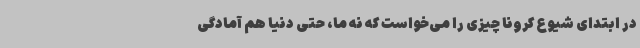
در ابتدای شیوع کرونا چیزی را می‌خواست که نه ما، حتی دنیا هم آمادگی